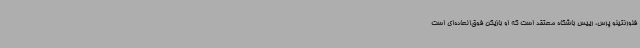
فلورنتینو پرس، رییس باشگاه معتقد است که او بازیکن فوق‌العاده‌ای است